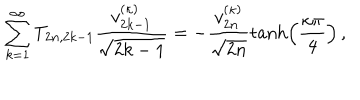
\sum _ { k = 1 } ^ { \infty } T _ { 2 n , 2 k - 1 } \frac { v _ { 2 k - 1 } ^ { ( \kappa ) } } { \sqrt { 2 k - 1 } } = - \frac { v _ { 2 n } ^ { ( \kappa ) } } { \sqrt { 2 n } } \tanh \left( \frac { \kappa \pi } { 4 } \right) \, ,